Leaving Certificate Examination, 1910
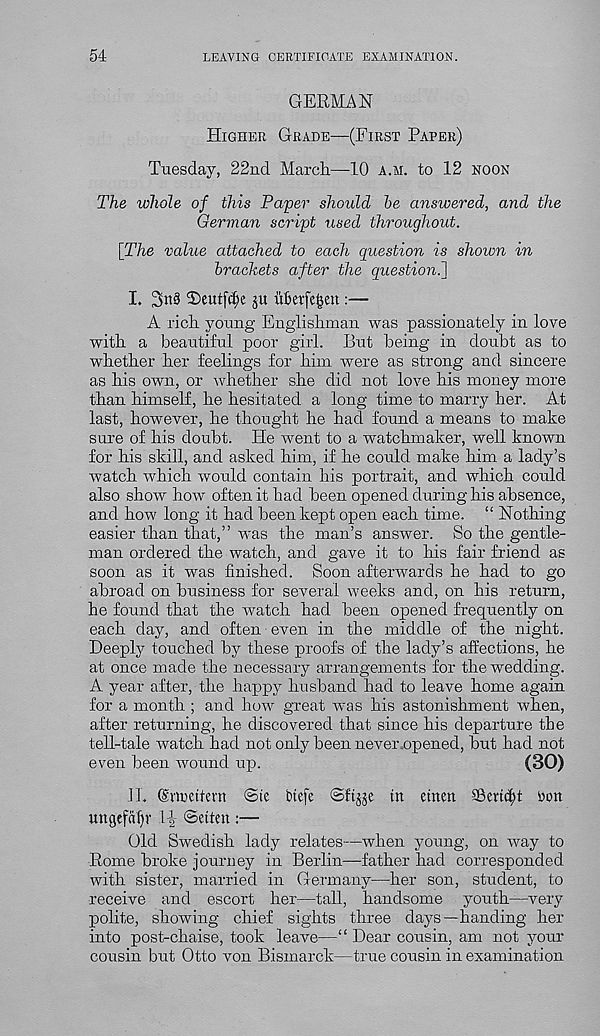
54
LEAVING CERTIFICATE EXAMINATION.
GERMAN
Higher Grade—(First Paper)
Tuesday, 22nd March—10 a.m. to 12 noon
The whole of this Paper should be answered, and the
German script used throughout.
[The value attached to each question is shown in
brackets after the question^]
I. 3^8 ©eutfdje ju uftetfegen:—
A rich young Englishman was passionately in love
with a beautiful poor girl. But being in doubt as to
whether her feelings for him were as strong and sincere
as his own, or whether she did not love his money more
than himself, he hesitated a long time to marry her. At
last, however, he thought he had found a means to make
sure of his doubt. He went to a watchmaker, well known
for his skill, and asked him, if he could make him a lady’s
watch which would contain his portrait, and which could
also show how often it had been opened during his absence,
and how long it had been kept open each time. “ Nothing
easier than that,” was the man’s answer. So the gentle-
man ordered the watch, and gave it to his fair friend as
soon as it was finished. Soon afterwards he had to go
abroad on business for several weeks and, on his return,
he found that the watch had been opened frequently on
each day, and often even in the middle of the night.
Deeply touched by these proofs of the lady’s affections, he
at once made the necessary arrangements for the wedding.
A year after, the happy husband had to leave home again
for a month ; and how great was his astonishment when,
after returning, he discovered that since his departure the
teU-tale watch had not only been never .opened, hut had not
even been wound up.
(30)
IT. Gmuetfent ©ie btefe ©ftjje in einen
non
ungefdfp 1-?, ©etten :—
Old Swedish lady relates—when young, on way to
Rome broke journey in Berlin—father had corresponded
with sister, married in Germany—her son, student, to
receive and escort her—tall, handsome youth—very
polite, showing chief sights three days—handing her
into post-chaise, took leave—“ Dear cousin, am not your
cousin but Otto von Bismarck—true cousin in examination